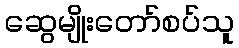
ဆွေမျိုးတော်စပ်သူ